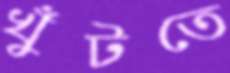
খুঁটতে